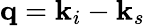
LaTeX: \mathbf{q}=\mathbf{k}_{i}-\mathbf{k}_{s}